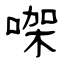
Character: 㗎